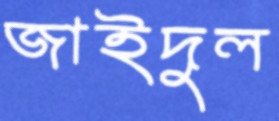
জাইদুল